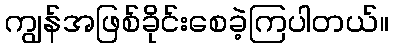
ကျွန်အဖြစ်ခိုင်းစေခဲ့ကြပါတယ်။